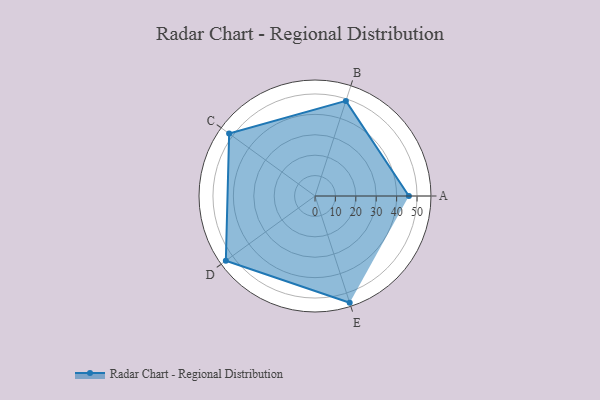
{"axis": {"x": "Skill", "y": "Score"}, "legend": ["Profile"], "data": [{"x": "A", "y": 46.0, "type": "Profile"}, {"x": "B", "y": 49.0, "type": "Profile"}, {"x": "C", "y": 52.0, "type": "Profile"}, {"x": "D", "y": 54.0, "type": "Profile"}, {"x": "E", "y": 55.0, "type": "Profile"}]}